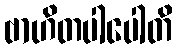
ဗာဟိတပါပေါတိ